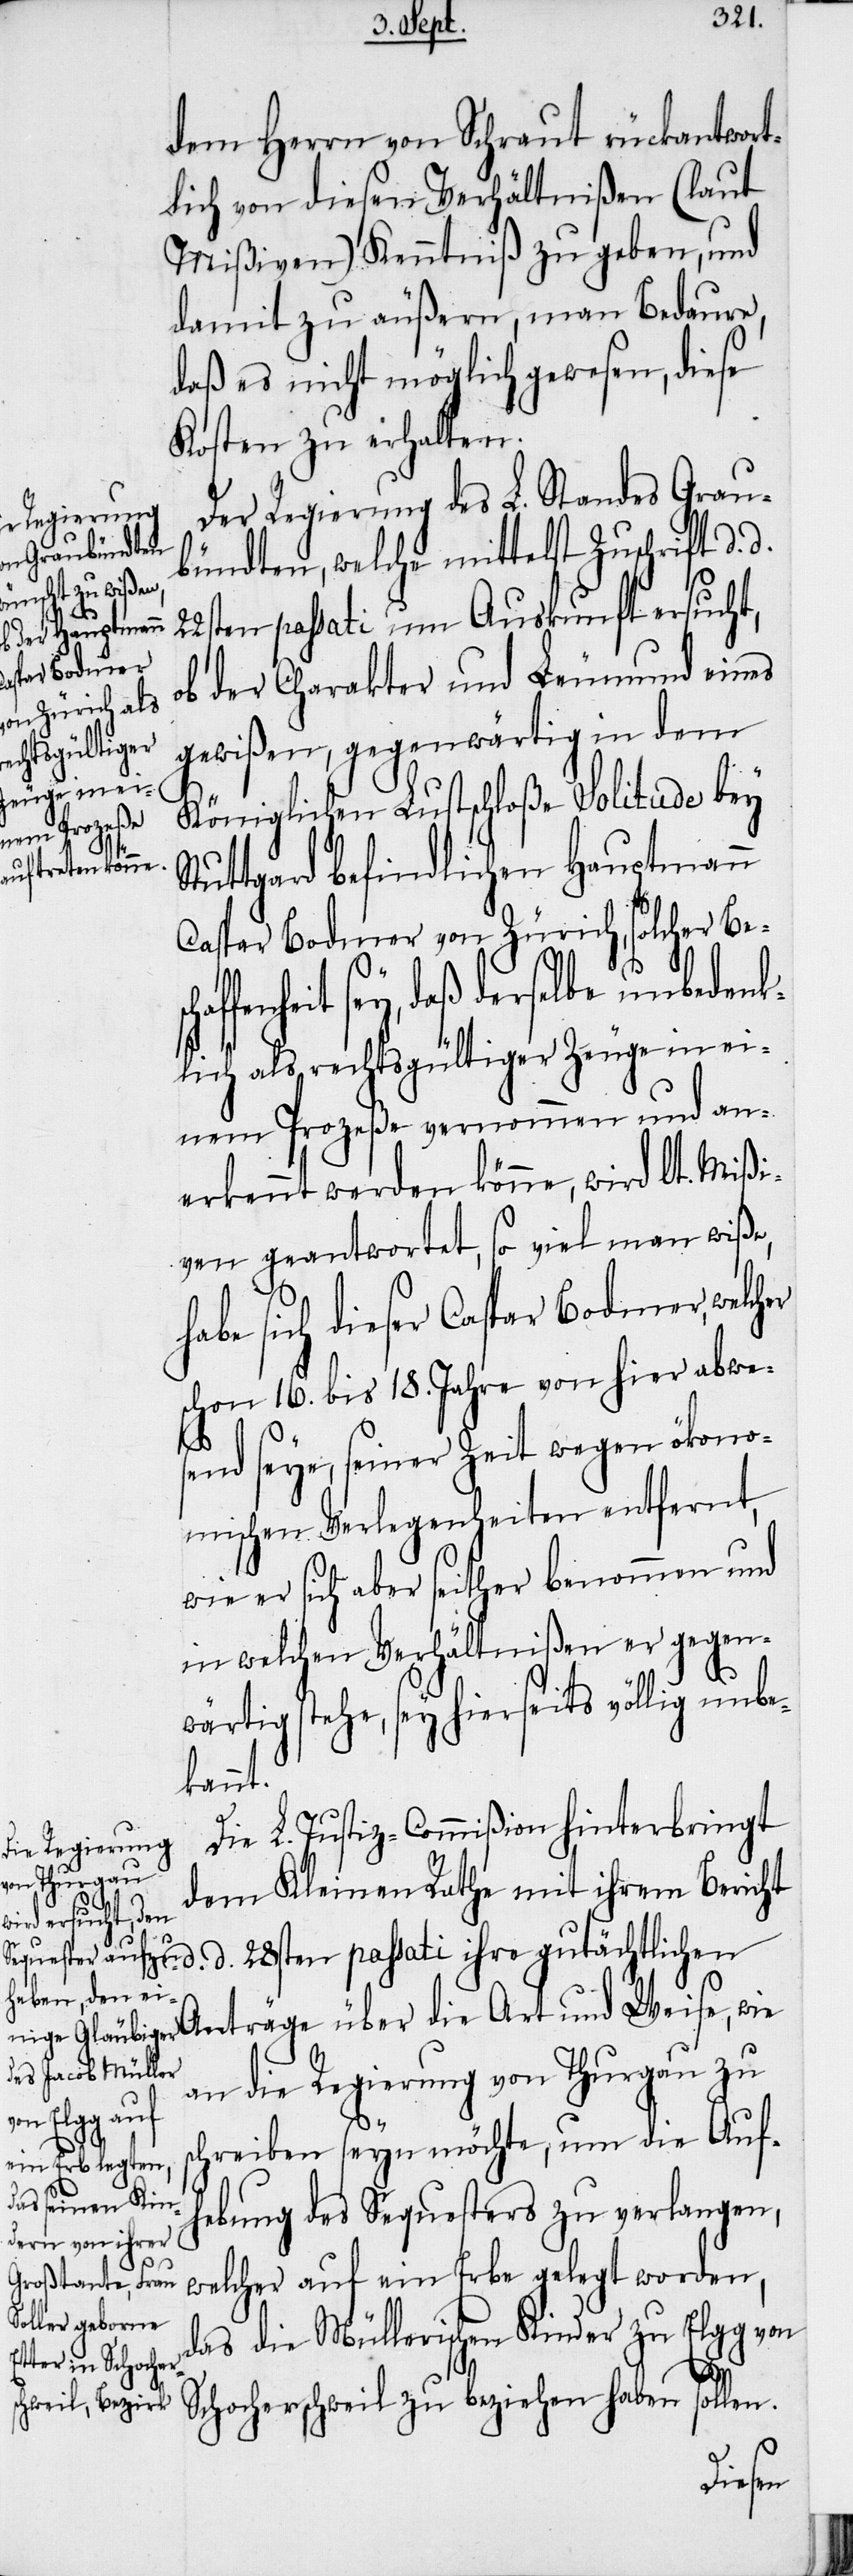
dem Herrn von Schraut rückantwort¬
lich von diesen Verhältnißen (laut
Mißiven) Kenntniß zu geben, und
damit zu äußern, man Bedaure,
daß es nicht möglich gewesen, diese
Kosten zu erhalten.
Der Regierung des L. Standes Grau¬
bündten, welche mittelst Zuschrift d.
ten passati um Auskunft ersucht,
ob der Charakter und Leumund eines
gewißen, gegenwärtig in dem
Königlichen Lustschloße Solitude bey
tuttgard befindlichen Hauptmann
Caspar Bodmer von Zürich, solcher Be¬
fenheit sey, daß derselbe unbedenk¬
lich als rechtsgültiger Zeuge in ei¬
nem Prozeße vernommen und an¬
erkennt werden könne, wird lt. Mißi¬
ven geantwortet, so viel man wiße,
habe sich dieser Caspar Bodmer, welcher
schon 16. bis 18. Jahre von hier abwe¬
s¬
send seye, seiner Zeit wegen ökono¬
mischen Verlegenheiten entfernt,
wie er sich aber seither benommen und
in welchen Verhältnißen er gegen¬
wärtig stehe, sey hierseits völlig unbe¬
kannt.
Die L. Justiz-Commißion hinterbringt
dem Kleinen Rathe mit ihrem Bericht
schaf¬
d. d. 28sten passati ihre gutächtlichen
Anträge über die Art und Weise, wie
an die Regierung von Thurgau zu
chreiben seyn möchte, um die Auf¬
hebung des Sequesters zu verlangen,
welcher auf ein Erbe gelegt worden,
das die Müllerischen Kinder zu Elgg von
Schocherschweil zu beziehen haben sollen.